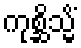
ကုစ္ဆိသ္မိံ